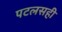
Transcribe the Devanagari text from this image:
पटलसही